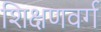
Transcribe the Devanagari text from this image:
शिक्षणवर्ग